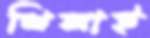
খিলাই